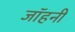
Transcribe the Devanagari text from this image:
जॉहनी